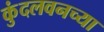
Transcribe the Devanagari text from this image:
कुंदलवनच्या